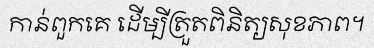
កាន់ពួកគេ ដើម្បីត្រួតពិនិត្យសុខភាព។